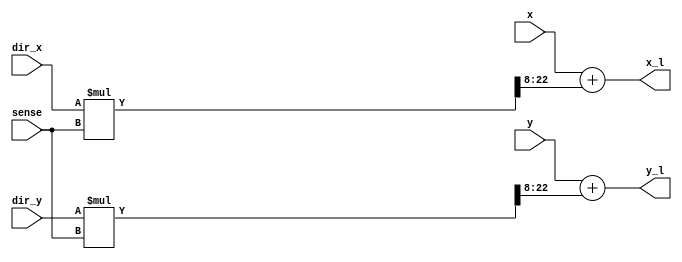
`timescale 1ns / 1ps
//////////////////////////////////////////////////////////////////////////////////
// Company: 
// Engineer: 
// 
// Design Name: 
// Module Name: beetle_left_antenna
// Project Name: 
// Target Devices: 
// Tool Versions: 
// Description: 
// 
// Dependencies: 
// 
// Revision:
// Revision 0.01 - File Created
// Additional Comments:
// 
//////////////////////////////////////////////////////////////////////////////////


module beetle_left_antenna(dir_x,dir_y,x,y,sense,x_l,y_l);
input signed [8:0] dir_x,dir_y;
input signed [15:0] x,y;
input signed [13:0] sense; //keep it positive always
output signed [15:0] x_l,y_l; 

wire  signed [22:0] temp_x,temp_y;

assign temp_x=dir_x*sense;
assign temp_y=dir_y*sense;

assign x_l= x + (temp_x>>>8);
assign y_l= y + (temp_y>>>8);


endmodule